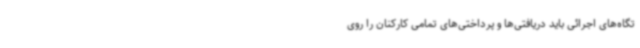
تگاه‌های اجرائی باید دریافتی‌ها و پرداختی‌های تمامی کارکنان را روی